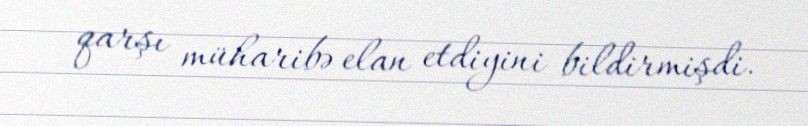
qarşı müharibə elan etdiyini bildirmişdi.